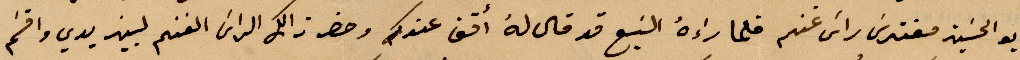
بو الحسين مفترس رأس غنم فلما راءه السبع قد قال له اقف عندك وحضر ذلك الراس الغنم لبين يدي واقسم